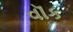
વૉક